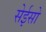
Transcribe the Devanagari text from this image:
सेईसो